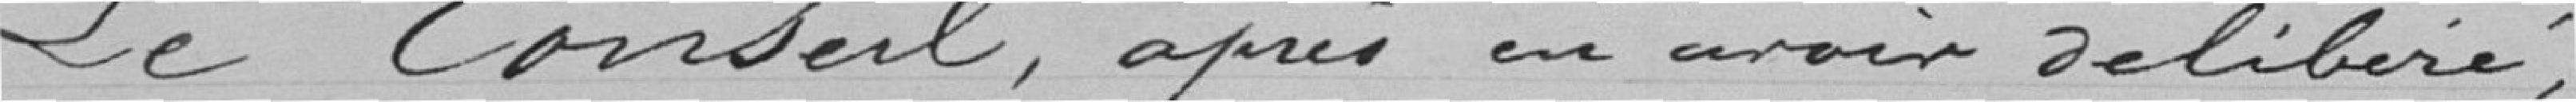
Le Conseil, après en avoir délibéré;